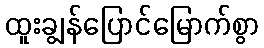
ထူးချွန်ပြောင်မြောက်စွာ